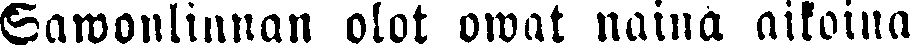
Sawonlinnan olot owat näinä aikoina